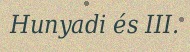
Hunyadi és III.